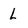
Character: L